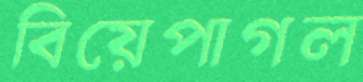
বিয়েপাগল